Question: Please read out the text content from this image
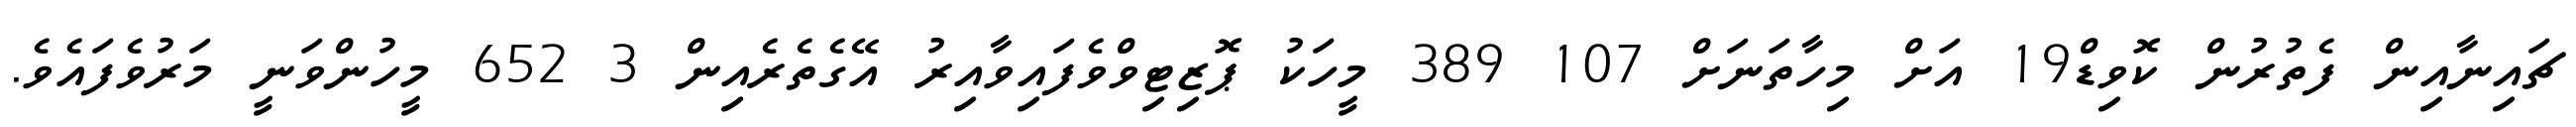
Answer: ޗައިނާއިން ފެތުރުން ކޮވިޑް19 އަށް މިހާތަނަށް 107 389 މީހަކު ޕޮޒިޓިވްވެފައިވާއިރު އޭގެތެރެއިން 3 652 މީހުންވަނީ މަރުވެފައެވެ.